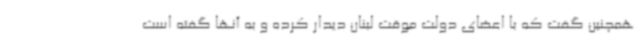
همچنین گفت که با اعضای دولت موقت لبنان دیدار کرده و به آنها گفته است